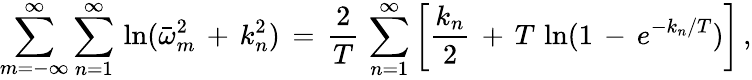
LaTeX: \sum_{m=-\infty}^{\infty}\sum_{n=1}^{\infty}\, \ln(\bar{\omega}_{m}^{2}\, +\, k_{n}^{2})\, =\, \frac{2}{T}\, \sum_{n=1}^{\infty}\left[\frac{k_{n}}{2}\, +\, T\, \ln(1\, -\, e^{-k_{n}/T})\right]\, {,}